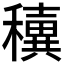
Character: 𥣢